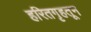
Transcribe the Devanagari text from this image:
हरितगृहतून